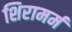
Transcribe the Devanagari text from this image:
शिरामर्म